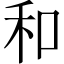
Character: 和